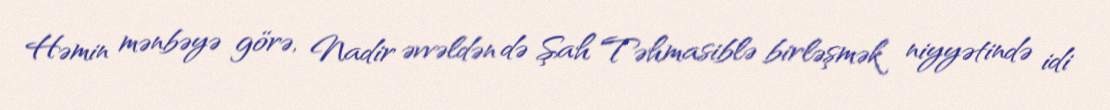
Həmin mənbəyə görə, Nadir əvvəldən də Şah Təhmasiblə birləşmək niyyətində idi